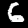
Digit: 6